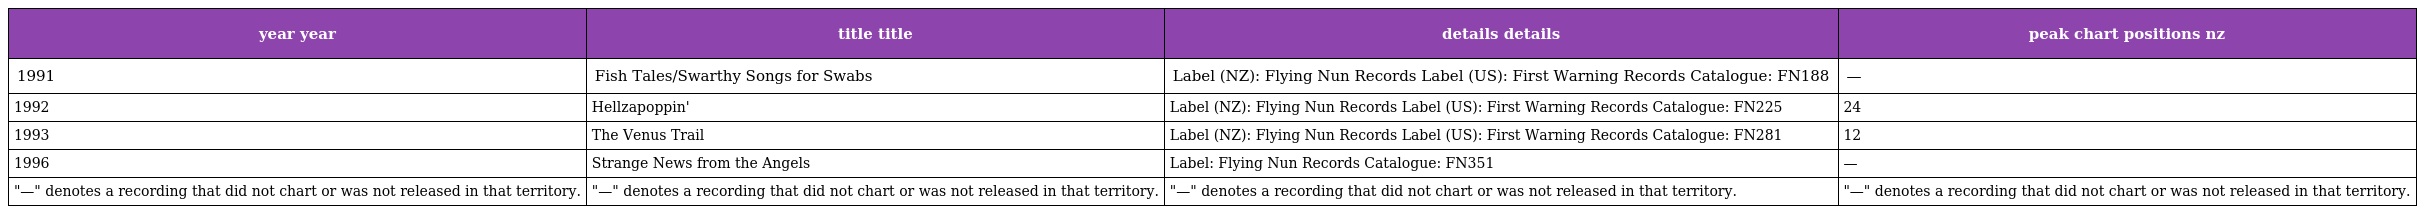
| year year | title title | details details | peak chart positions nz |
 | --- | --- | --- | --- |
 | 1991 | Fish Tales/Swarthy Songs for Swabs | Label (NZ): Flying Nun Records Label (US): First Warning Records Catalogue: FN188 | — |
 | 1992 | Hellzapoppin' | Label (NZ): Flying Nun Records Label (US): First Warning Records Catalogue: FN225 | 24 |
 | 1993 | The Venus Trail | Label (NZ): Flying Nun Records Label (US): First Warning Records Catalogue: FN281 | 12 |
 | 1996 | Strange News from the Angels | Label: Flying Nun Records Catalogue: FN351 | — |
 | "—" denotes a recording that did not chart or was not released in that territory. | "—" denotes a recording that did not chart or was not released in that territory. | "—" denotes a recording that did not chart or was not released in that territory. | "—" denotes a recording that did not chart or was not released in that territory. |